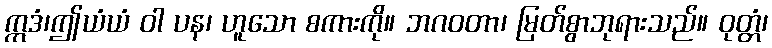
ဣဒံ၊ဤယံယံ ဝါ ပန၊ ဟူသော စကားကို။ ဘဂဝတာ၊ မြတ်စွာဘုရားသည်။ ဝုတ္တံ၊